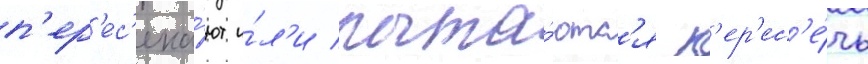
п'ер'ес'ека́ют и́л'и пыта́ютс'я п'ер'ес'е́чь